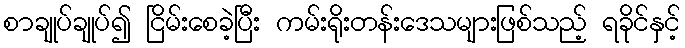
စာချုပ်ချုပ်၍ ငြိမ်းစေခဲ့ပြီး ကမ်းရိုးတန်းဒေသများဖြစ်သည့် ရခိုင်နှင့်